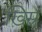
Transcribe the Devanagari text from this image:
ख़िस्र